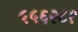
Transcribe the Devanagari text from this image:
५५६२८१